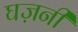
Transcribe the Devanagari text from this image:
घज़नी